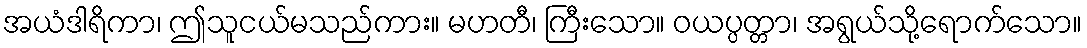
အယံဒါရိကာ၊ ဤသူငယ်မသည်ကား။ မဟတီ၊ ကြီးသော။ ဝယပ္ပတ္တာ၊ အရွယ်သို့ရောက်သော။